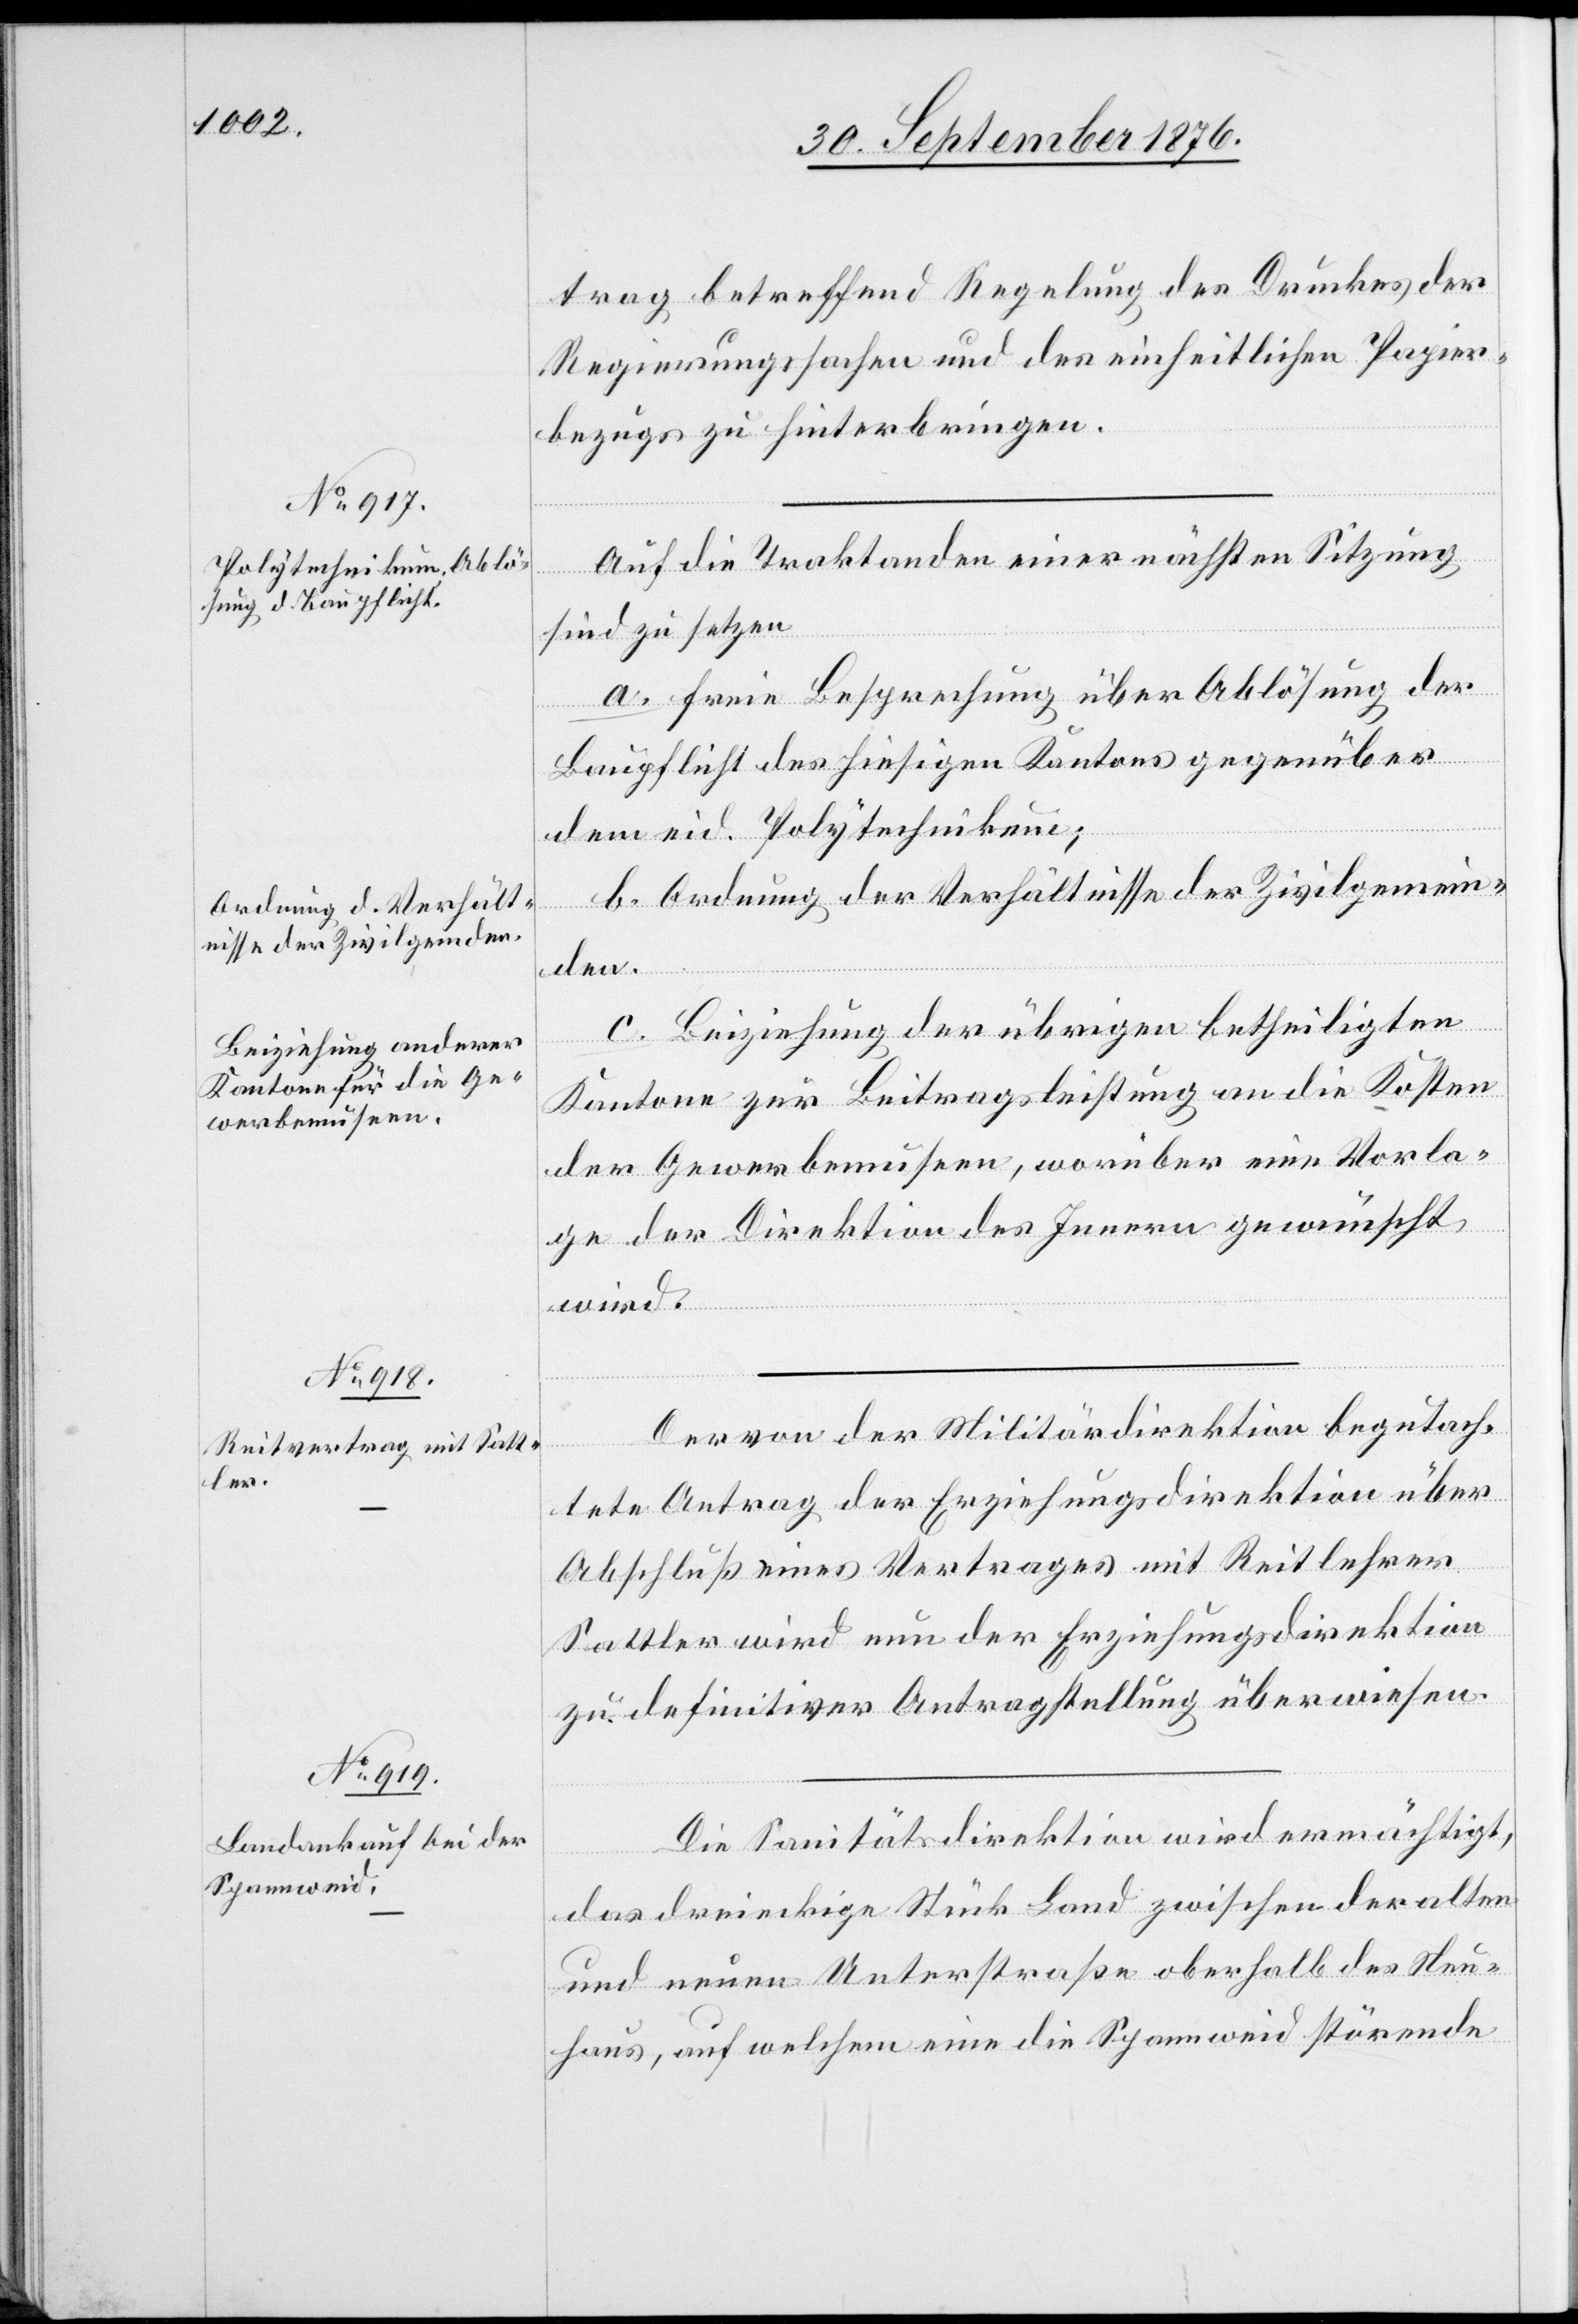
trag betreffend Regelung des Druckes der
Regierungssachen und des einheitlichen Papier¬
bezugs zu hinterbringen.
Auf die Traktanden einer nächsten Sitzung
sind zu setzen
a. freie Besprechung über Ablösung der
Baupflicht des hiesigen Kantons gegenüber
dem eid. Polytechnikum;
b. Ordnung der Verhältnisse der Zivilgemein¬
den.
[Forts¬
c. Beiziehung der übrigen betheiligten
Kantone zur Beitragsleistung an die Kosten
der Gewerbemuseen, worüber eine Vorla¬
ge der Direktion des Innern gewünscht
wird.
Der von der Militärdirektion begutach¬
etzung
tete Antrag der Erziehungsdirektion über
Abschluß eines Vertrages mit Reitlehrer
Sattler wird nun der Erziehungsdirektion
zu definitiver Antragstellung überwiesen.
Die Sanitätsdirektion wird ermächtigt,
das dreieckige Stück Land zwischen der alten
und neuen Unterstraße oberhalb des Neu¬
haus, auf welchen eine die Spannweid störende